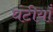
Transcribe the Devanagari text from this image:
घंटीयाँ